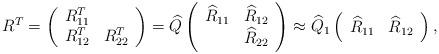
LaTeX: \begin{align*} R^T = \left(\begin{array}{cc}R_{11}^T & \\R_{12}^T & R_{22}^T\end{array}\right) = \widehat{Q} \left(\begin{array}{cc}\widehat{R}_{11} & \widehat{R}_{12} \\& \widehat{R}_{22}\end{array}\right) \approx \widehat{Q}_1 \left(\begin{array}{cc}\widehat{R}_{11} & \widehat{R}_{12}\end{array}\right),\end{align*}